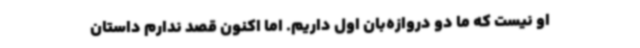
او نیست که ما دو دروازه‌بان اول داریم. اما اکنون قصد ندارم داستان